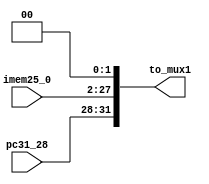
`timescale 1ns / 1ps
//////////////////////////////////////////////////////////////////////////////////
// Company: 
// Engineer: 
// 
// Design Name: 
// Module Name: II
// Project Name: 
// Target Devices: 
// Tool Versions: 
// Description: 
// 
// Dependencies: 
// 
// Revision:
// Revision 0.01 - File Created
// Additional Comments:
// 
//////////////////////////////////////////////////////////////////////////////////


module II(
    input [3 : 0] pc31_28,
    input [25 : 0] imem25_0,
    output [31 : 0] to_mux1
);
   
    assign to_mux1 = {pc31_28, imem25_0, 2'b00};
 
endmodule